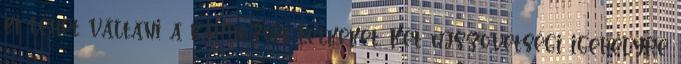
ki lehet váltani a kárhozott lelkeket. Két újszövetségi igehelyre